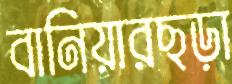
বানিয়ারছড়া